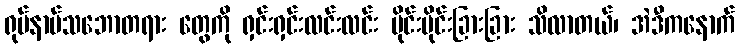
ရုပ်နာမ်သဘောတရား တွေကို ရှင်းရှင်းလင်းလင်း ပိုင်းပိုင်းခြားခြား သိလာတယ်၊ အဲဒီကနောက်